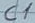
Text: C1